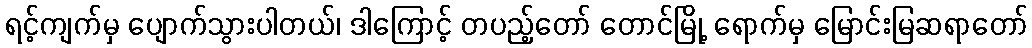
ရင့်ကျက်မှ ပျောက်သွားပါတယ်၊ ဒါကြောင့် တပည့်တော် တောင်မြို့ ရောက်မှ မြောင်းမြဆရာတော်